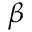
\beta